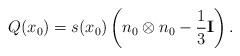
LaTeX: \begin{align*}Q(x_0)=s(x_0)\left( n_0\otimes n_0 -\frac 13 \mathbf I \right).\end{align*}